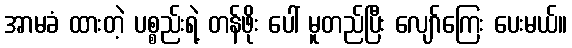
အာမခံ ထားတဲ့ ပစ္စည်းရဲ့ တန်ဖိုး ပေါ် မူတည်ပြီး လျော်ကြေး ပေးမယ်။